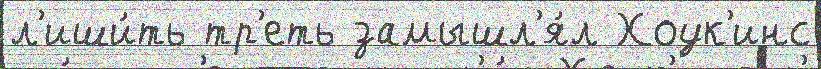
л'иши́ть тр'еть замышл'я́л Хоук'инс